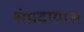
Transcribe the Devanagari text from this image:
संप्रदायास